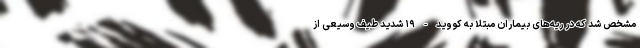
مشخص شد که در ریه‌های بیماران مبتلا به کووید-۱۹ شدید طیف وسیعی از